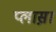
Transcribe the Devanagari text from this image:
प्लास़ा